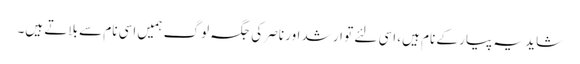
شاید یہ پیار کے نام ہیں، اسی لئے تو ارشد اور ناصر کی جگہ لوگ ہمیں اسی نام سے بلاتے ہیں۔